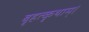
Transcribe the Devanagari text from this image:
बृहत्कृथाम्।